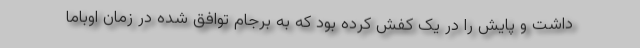
داشت و پایش را در یک کفش کرده بود که به برجام توافق شده در زمان اوباما